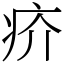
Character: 疥